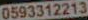
0593312213